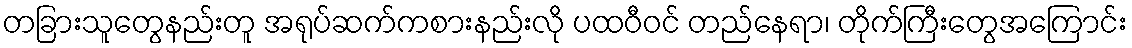
တခြားသူတွေနည်းတူ အရုပ်ဆက်ကစားနည်းလို ပထဝီဝင် တည်နေရာ၊ တိုက်ကြီးတွေအကြောင်း